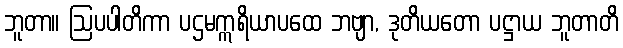
ဘူတာ။ ဩပပါတိကာ ပဌမဣရိယာပထေ ဘဗျာ, ဒုတိယတော ပဋ္ဌာယ ဘူတာတိ